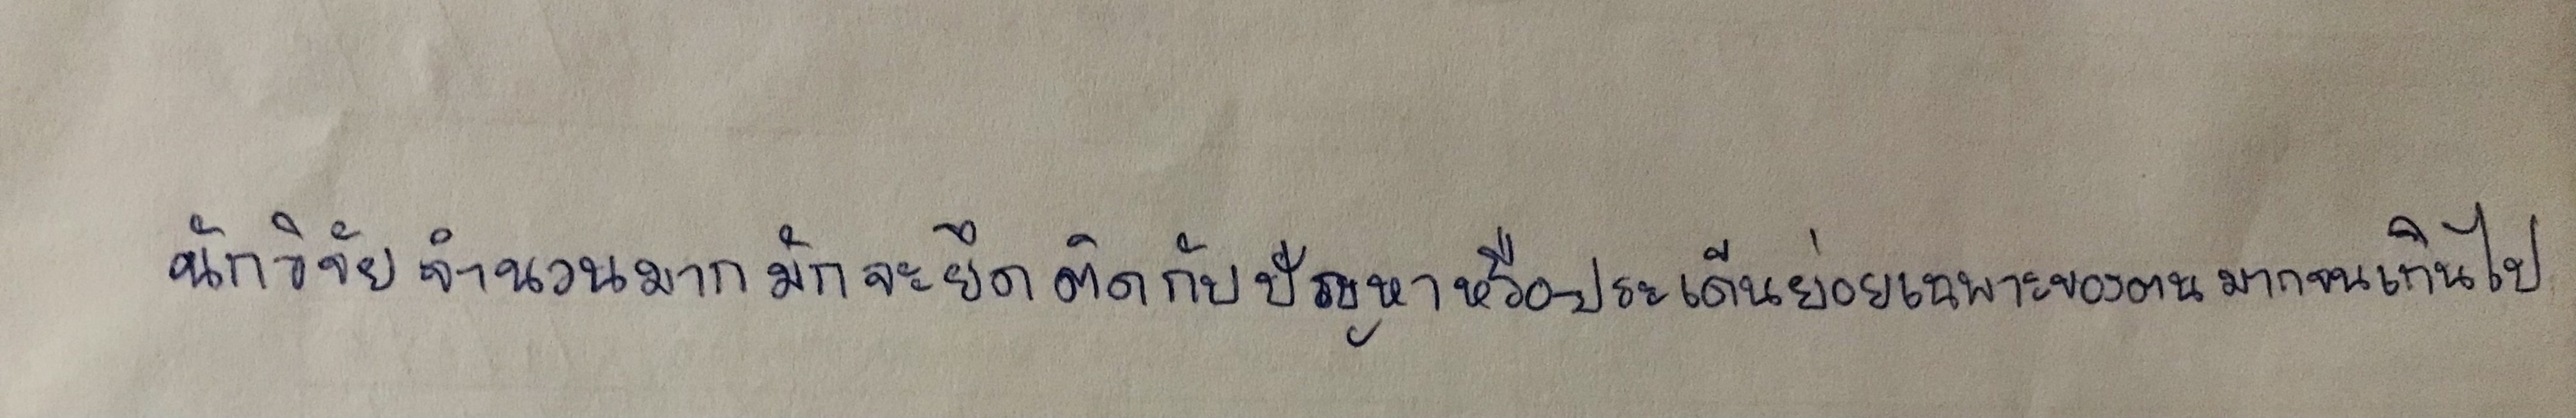
นักวิจัยจำนวนมากมักจะยึดติดกับปัญหาหรือประเด็นย่อยเฉพาะของตนมากจนเกินไป